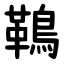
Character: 䳬